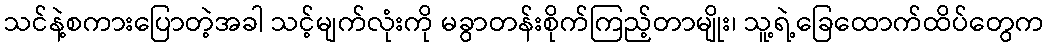
သင်နဲ့စကားပြောတဲ့အခါ သင့်မျက်လုံးကို မခွာတန်းစိုက်ကြည့်တာမျိုး၊ သူ့ရဲ့ခြေထောက်ထိပ်တွေက